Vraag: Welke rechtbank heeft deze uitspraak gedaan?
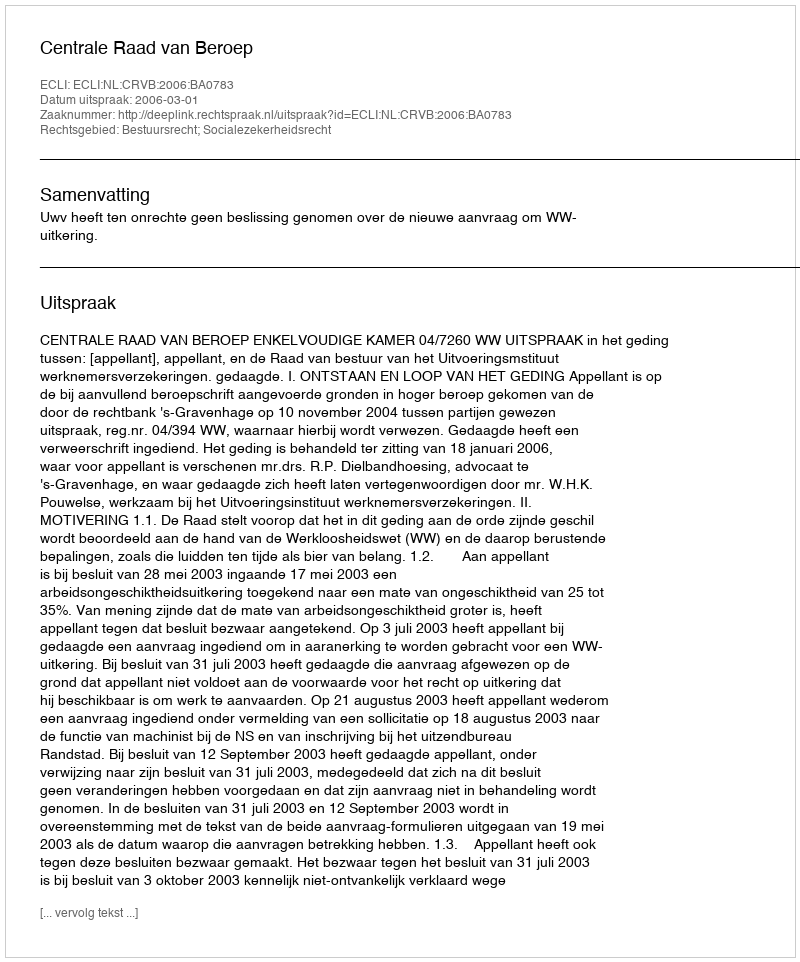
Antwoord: Centrale Raad van Beroep